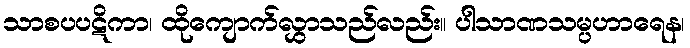
သာစပပဋိကာ၊ ထိုကျောက်လွှာသည်လည်း။ ပါသာဏသမ္ပဟာရေန၊